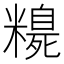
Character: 𥽃